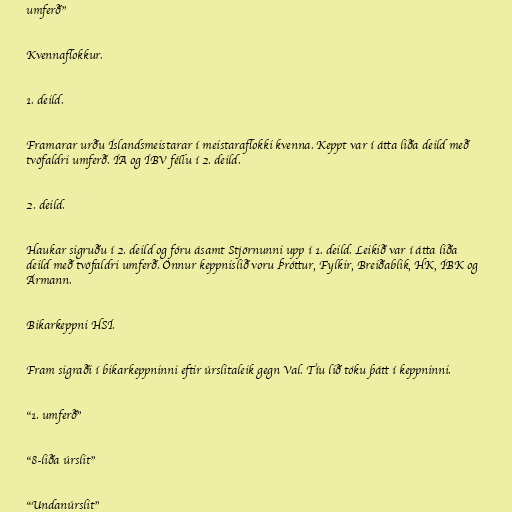
umferð"

Kvennaflokkur.

1. deild.

Framarar urðu Íslandsmeistarar í meistaraflokki kvenna. Keppt var í átta liða deild með
tvöfaldri umferð. ÍA og ÍBV féllu í 2. deild.

2. deild.

Haukar sigruðu í 2. deild og fóru ásamt Stjörnunni upp í 1. deild. Leikið var í átta liða
deild með tvöfaldri umferð. Önnur keppnislið voru Þróttur, Fylkir, Breiðablik, HK, ÍBK og
Ármann.

Bikarkeppni HSÍ.

Fram sigraði í bikarkeppninni eftir úrslitaleik gegn Val. Tíu lið tóku þátt í keppninni.

"1. umferð"

"8-liða úrslit"

"Undanúrslit"